65_HS1-834228961_62-HQ-83894_SUB_A
Agency: FBI
Page 80
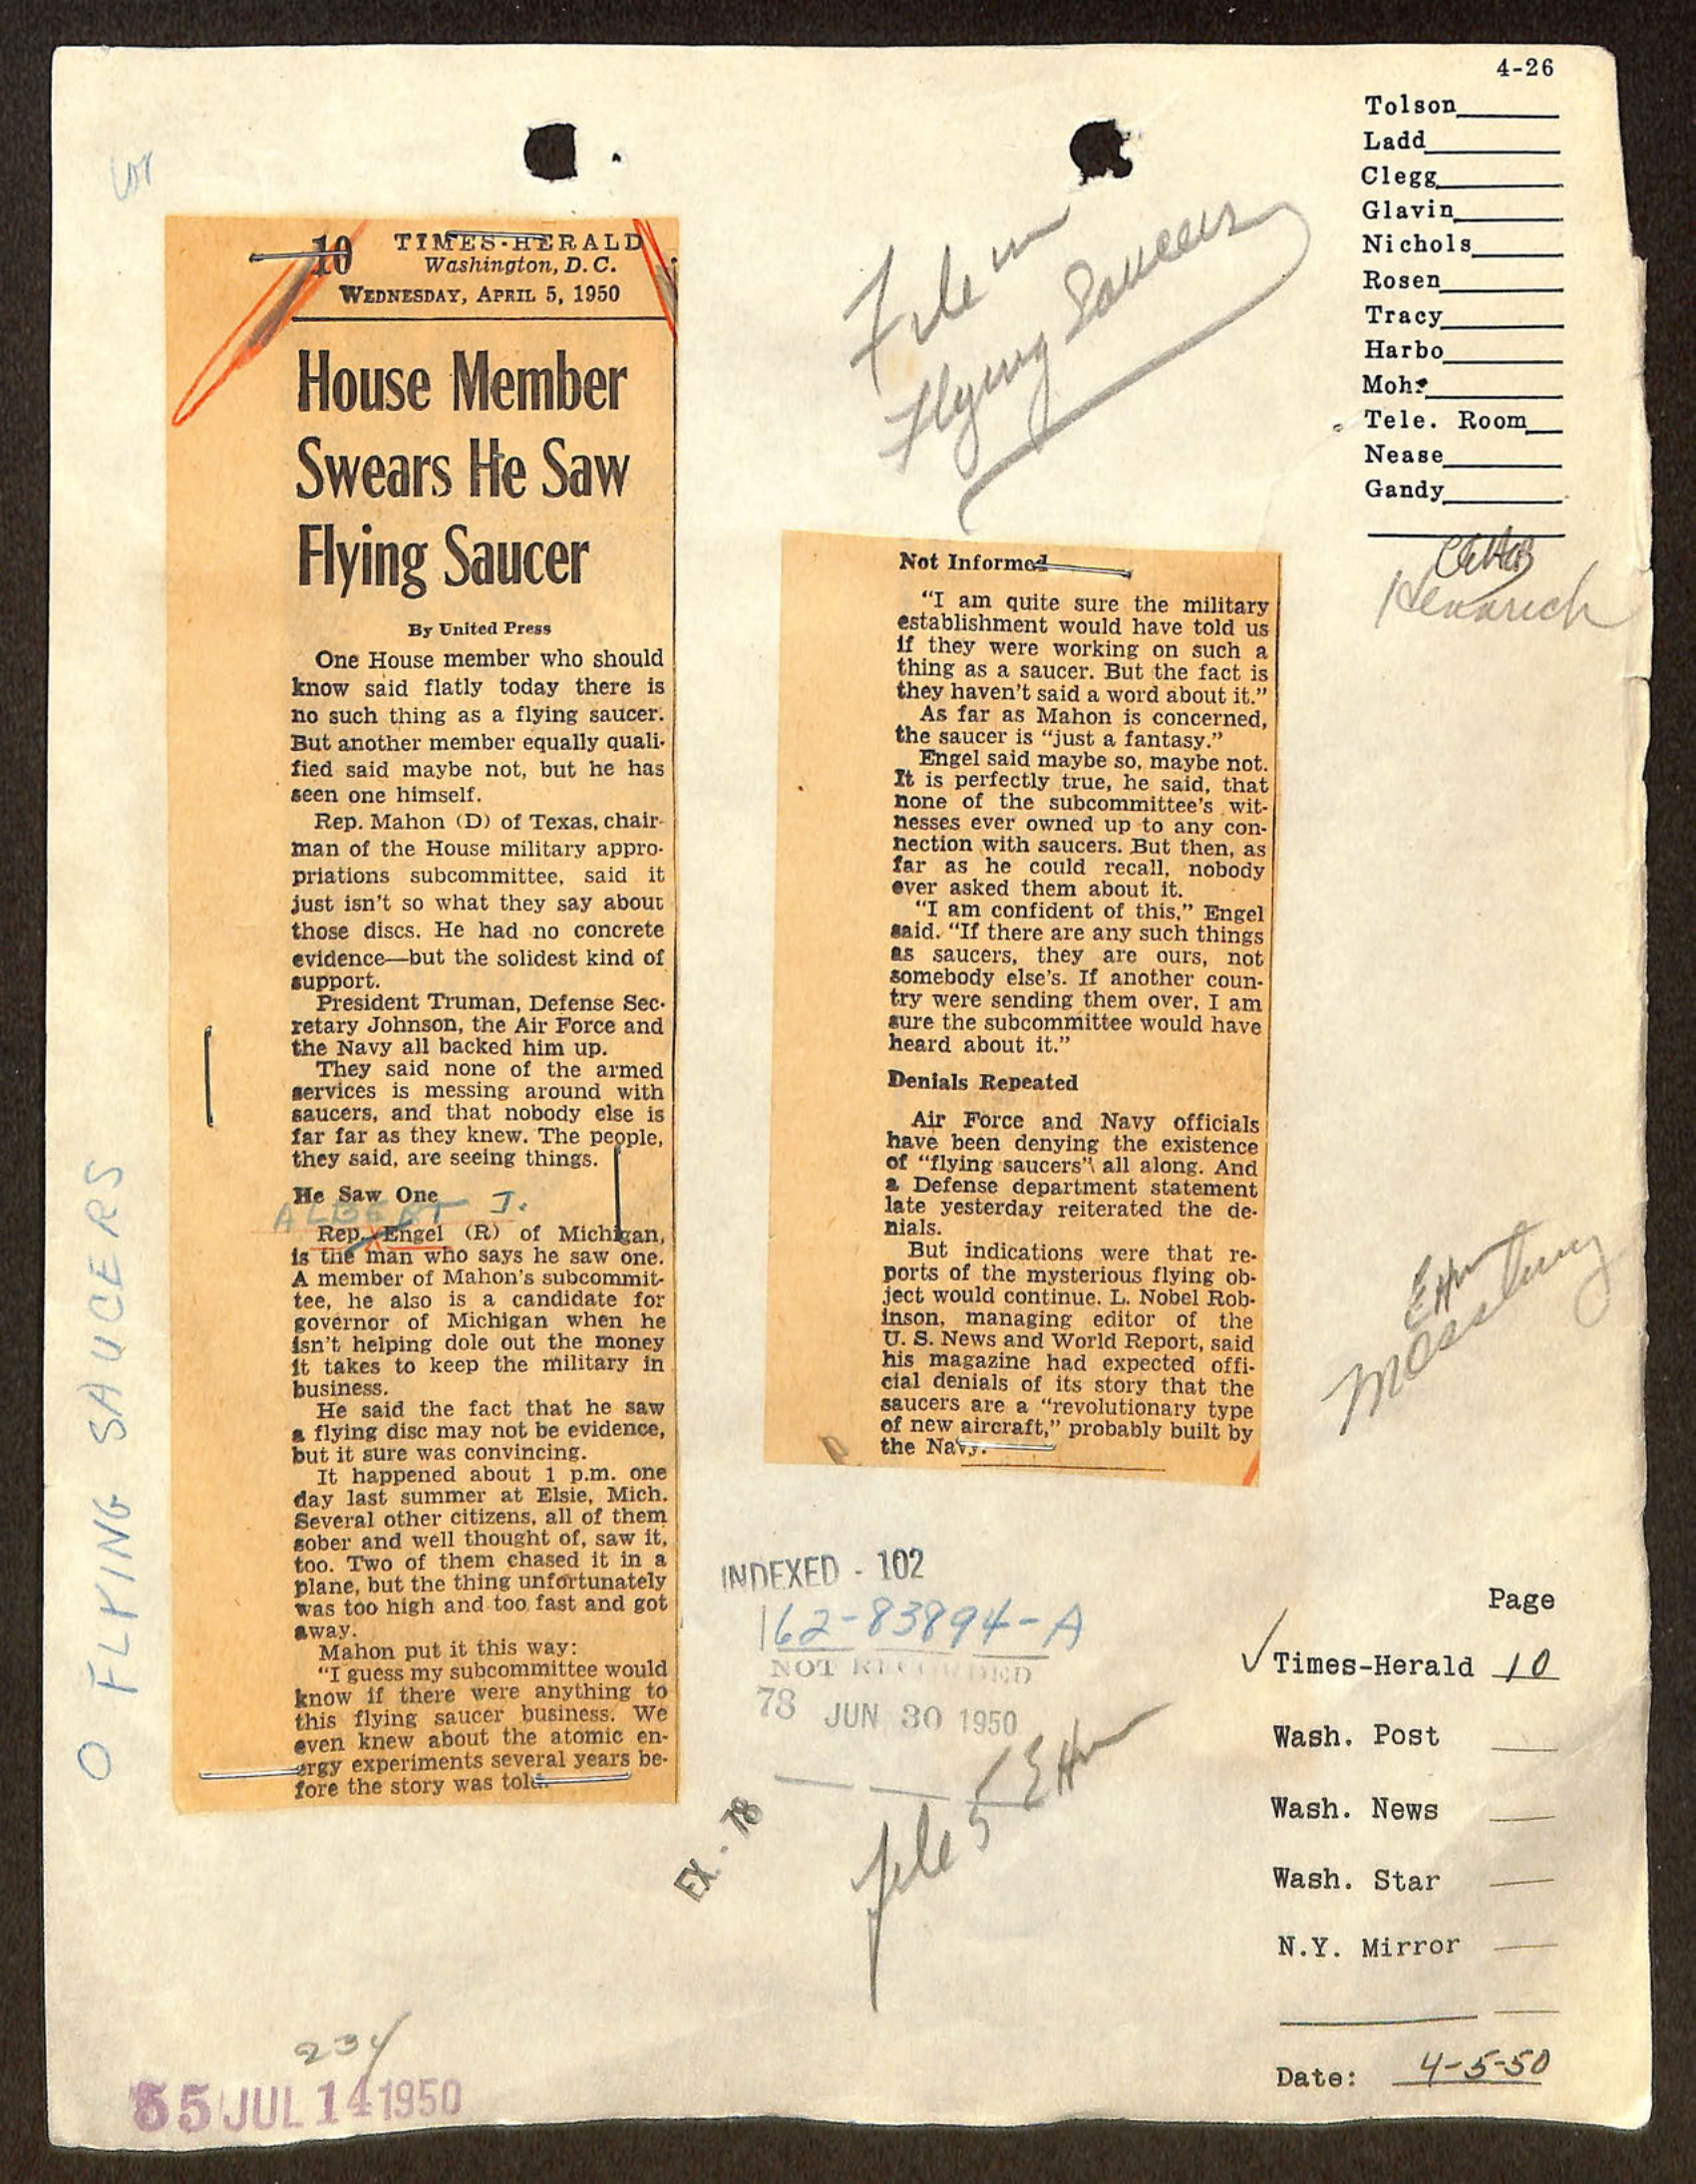